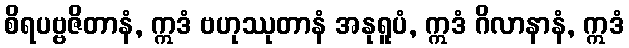
စိရပဗ္ဗဇိတာနံ, ဣဒံ ဗဟုဿုတာနံ အနုရူပံ, ဣဒံ ဂိလာနာနံ, ဣဒံ